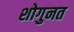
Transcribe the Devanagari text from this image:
शोगुनत